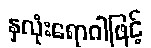
နှလုံးရောဂါဖြင့်